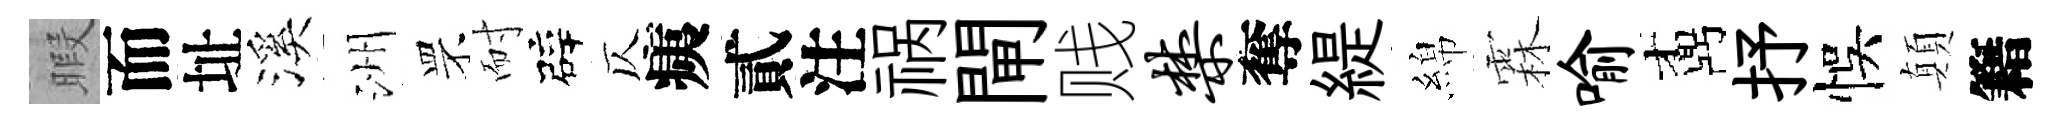
暇而址溪洲罘耐辟仄痍貳注祸閘贱禁奪緹綿霖喻鼒抒悞顛籍